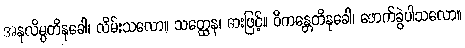
အနုလိမ္ပတိနုခေါ၊ လိမ်းသလော။ သတ္ထေန၊ ဓားဖြင့်။ ဝိကန္တေတိနုခေါ၊ ဖောက်ခွဲပါသလော။